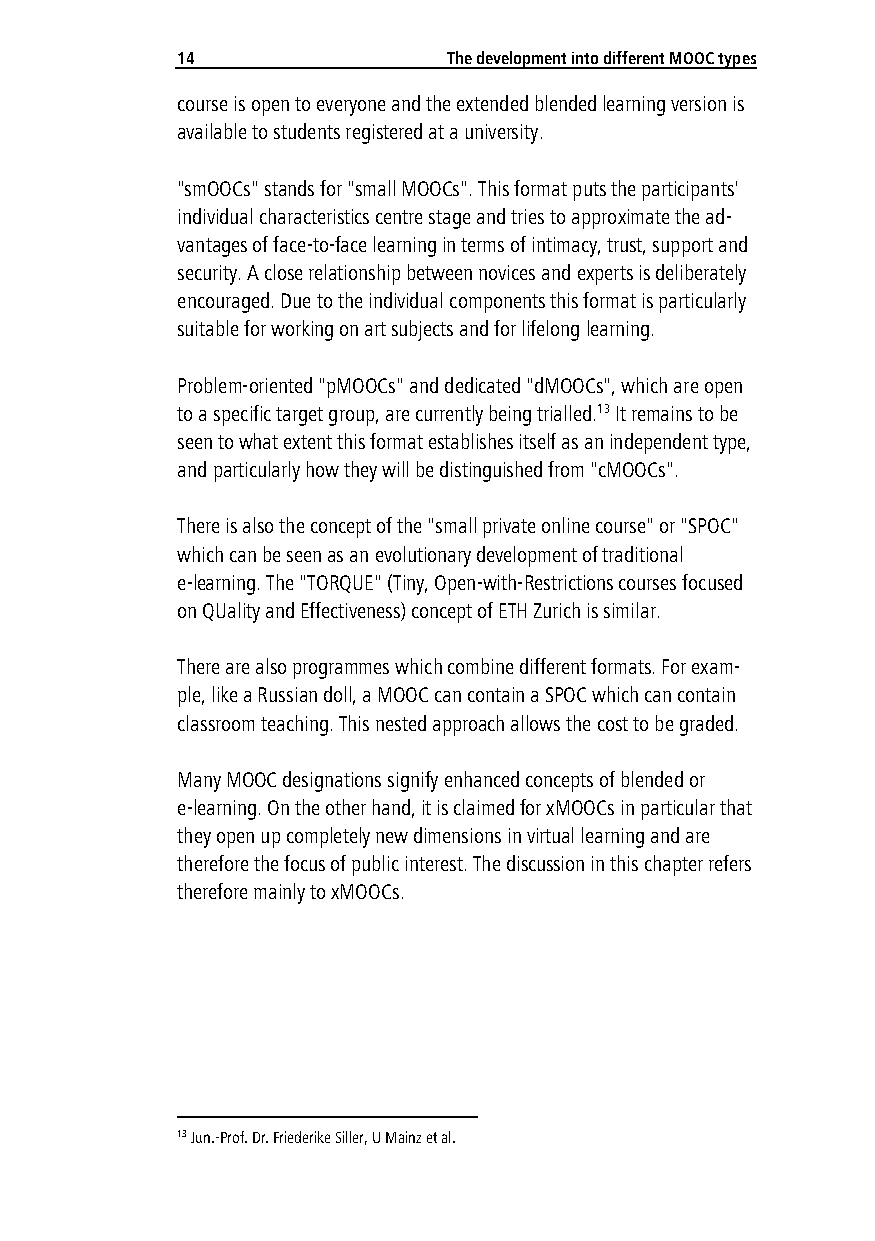
14                The development into different MOOC types
 course is open to everyone and the extended blended learning version is
 available to students registered at a university.
 "smOOCs" stands for "small MOOCs". This format puts the participants'
 individual characteristics centre stage and tries to approximate the ad-
 vantages of face-to-face learning in terms of intimacy, trust, support and
 security. A close relationship between novices and experts is deliberately
 encouraged. Due to the individual components this format is particularly
 suitable for working on art subjects and for lifelong learning.
 Problem-oriented "pMOOCs" and dedicated "dMOOCs", which are open
 to a specific target group, are currently being trialled.13 It remains to be
 seen to what extent this format establishes itself as an independent type,
 and particularly how they will be distinguished from "cMOOCs".
 There is also the concept of the "small private online course" or "SPOC"
 which can be seen as an evolutionary development of traditional
 e-learning. The "TORQUE" (Tiny, Open-with-Restrictions courses focused
 on QUality and Effectiveness) concept of ETH Zurich is similar.
 There are also programmes which combine different formats. For exam-
 ple, like a Russian doll, a MOOC can contain a SPOC which can contain
 classroom teaching. This nested approach allows the cost to be graded.
 Many MOOC designations signify enhanced concepts of blended or
 e-learning. On the other hand, it is claimed for xMOOCs in particular that
 they open up completely new dimensions in virtual learning and are
 therefore the focus of public interest. The discussion in this chapter refers
 therefore mainly to xMOOCs.
 13 Jun.-Prof. Dr. Friederike Siller, U Mainz et al.